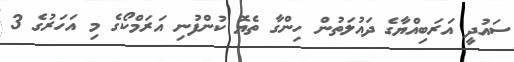
ސައުދީ އަރަބިއްޔާގެ ދައުލަތުން ހިންގާ ތެޔޮ ކުންފުނި އަރަމްކޯގެ މި އަހަރުގެ 3